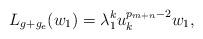
LaTeX: \begin{align*} L_{g+g_e}(w_1)=\lambda_1^ku_k^{p_{m+n}-2}w_1,\\ \end{align*}